Civil Veterinary Department. Central Provinces & Berar 1925-31 - 1925-1931
Year: 1925
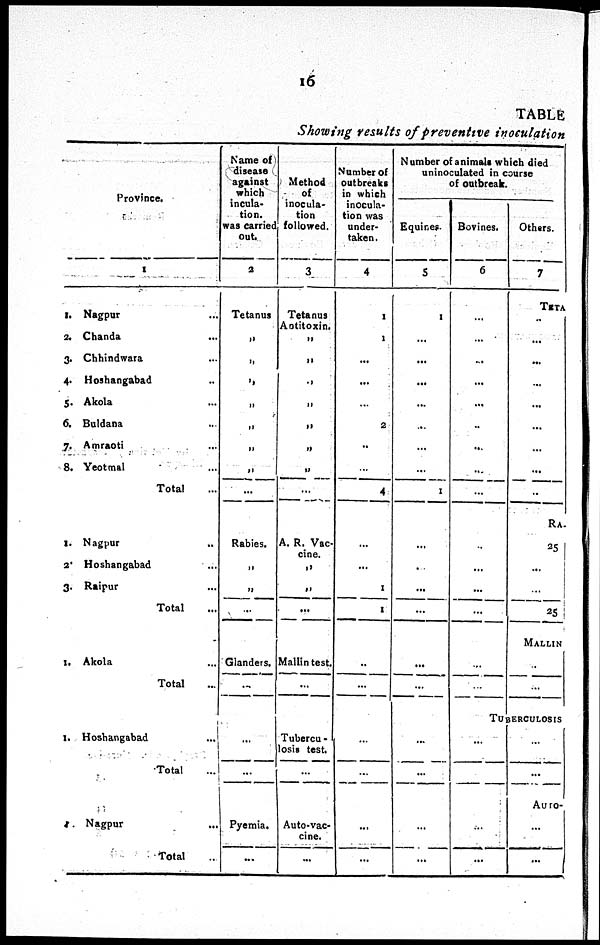
16
TABLE
Showing results of preventive inoculation
Province.
1
1. Nagpur ...
2. Chanda ...
3. Chhindwara ...
4. Hoshangabad ...
5. Akola ...
6. Buldana ...
7. Amraoti ...
8. Yeotmal ...
Total ...
1. Nagpur ...
2. Hoshangabad ...
3. Raipur ...
Total ...
1. Akola ...
Total ...
1. Hoshangabad ...
Total ...
1. Nagpur ...
Total ...
Name of
disease
against
which
incula-
tion.
was carried
out.
2
Tetanus
„
„
„
„
„
„
„
...
Rabies.
„
„
...
Glanders.
...
...
...
Pyemia.
...
Method
of
inocula-
tion
followed.
3
Tetanus
Antitoxin.
„
„
„
„
„
„
„
...
A. R. Vac-
cine.
„
„
...
Mallin test.
...
Tubercu -
losis test.
...
Auto-vac-
cine.
...
Number of
outbreaks
in which
inocula-
tion was
under-
taken .
4
1
1
...
...
...
2
..
...
4
...
...
1
1
...
...
...
...
...
...
Number of animals which died
uninoculated in course
of outbreak
Equines.
5
1
...
...
...
...
...
...
1
...
...
...
...
...
...
...
...
...
...
Bovines.
6
...
...
...
...
...
..
...
...
...
...
...
...
...
...
...
Others.
7
TETA
...
...
...
...
...
...
...
...
...
RA.
25
...
...
25
MALLIN
...
...
TUBERCULOSIS
...
...
...
...
...
...
AURO-
...
...